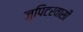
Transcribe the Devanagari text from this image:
जुपिटरवासी